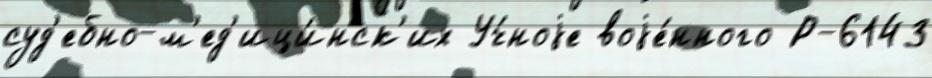
суд'ебно-м'ед'ици́нск'их Уч́ноjе воjе́нного Р-6143